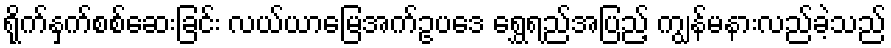
ရိုက်နှက်စစ်ဆေးခြင်း လယ်ယာမြေအက်ဥပဒေ ရွှေရည်အပြည့် ကျွန်မနားလည်ခဲ့သည်